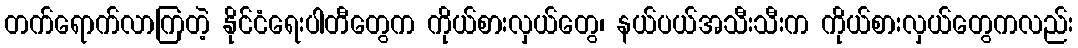
တက်ရောက်လာကြတဲ့ နိုင်ငံရေးပါတီတွေက ကိုယ်စားလှယ်တွေ၊ နယ်ပယ်အသီးသီးက ကိုယ်စားလှယ်တွေကလည်း